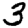
Digit: 3